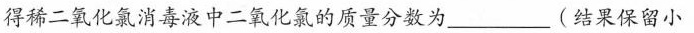
得稀二氧化氯消毒液中二氧化氯的质量分数为___(结果保留小